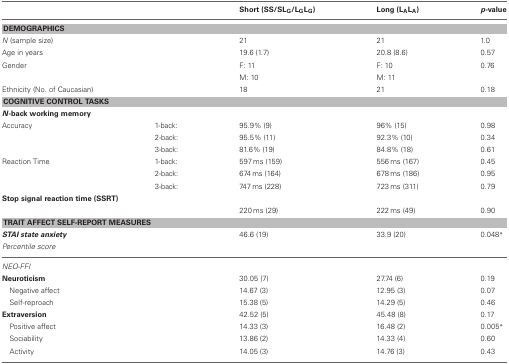
|  |  | Short (SS/SLG/LGLG) | Long (LALA) | p-value |
 | --- | --- | --- | --- | --- |
 | <COLSPAN=5> DEMOGRAPHICS |
 | N (sample size) |  | 21 | 21 | 1.0 |
 | Age in years |  | 19.6 (1.7) | 20.8 (8.6) | 0.57 |
 | Gender |  | F: 11 | F: 10 | 0.76 |
 |  |  | M: 10 | M: 11 |  |
 | Ethnicity (No. of Caucasian) |  | 18 | 21 | 0.18 |
 | <COLSPAN=5> COGNITIVE CONTROL TASKS |
 | <COLSPAN=5> N-back working memory |
 | Accuracy | 1-back: | 95.9% (9) | 96% (15) | 0.98 |
 |  | 2-back: | 95.5% (11) | 92.3% (10) | 0.34 |
 |  | 3-back: | 81.6% (19) | 84.8% (18) | 0.61 |
 | Reaction Time | 1-back: | 597 ms (159) | 556 ms (167) | 0.45 |
 |  | 2-back: | 674 ms (164) | 678 ms (186) | 0.95 |
 |  | 3-back: | 747 ms (228) | 723 ms (311) | 0.79 |
 | <COLSPAN=5> Stop signal reaction time (SSRT) |
 |  |  | 220 ms (29) | 222 ms (49) | 0.90 |
 | <COLSPAN=5> TRAIT AFFECT SELF-REPORT MEASURES |
 | STAI state anxiety |  | 46.6 (19) | 33.9 (20) | 0.048* |
 | Percentile score |  |  |  |  |
 | <COLSPAN=5> NEO-FFI |
 | Neuroticism |  | 30.05 (7) | 27.74 (6) | 0.19 |
 | Negative affect |  | 14.67 (3) | 12.95 (3) | 0.07 |
 | Self-reproach |  | 15.38 (5) | 14.29 (5) | 0.46 |
 | Extraversion |  | 42.52 (5) | 45.48 (8) | 0.17 |
 | Positive affect |  | 14.33 (3) | 16.48 (2) | 0.005* |
 | Sociability |  | 13.86 (2) | 14.33 (4) | 0.60 |
 | Activity |  | 14.05 (3) | 14.76 (3) | 0.43 |